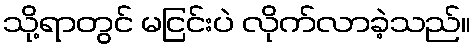
သို့ရာတွင် မငြင်းပဲ လိုက်လာခဲ့သည်။